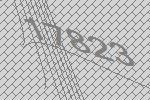
17823